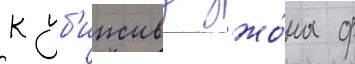
к уб'ииству джо́на ф